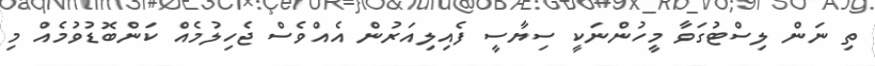
ތި ނަން ލިސްޓުގަވާ މީހުންނަކީ ސިޔާސީ ފެއިލިއަރުން އެއްވެސް ޖެހިލުމެއް ކަންބޮޑުވުމެއް މި